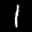
Label: 1